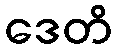
ဒေတိ